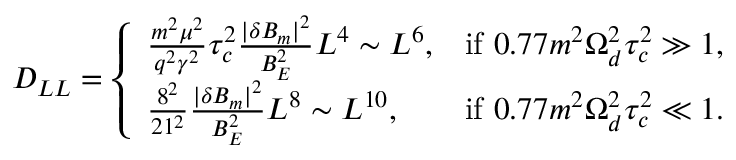
D _ { L L } = \left\{ \begin{array} { l l } { \frac { m ^ { 2 } \mu ^ { 2 } } { q ^ { 2 } \gamma ^ { 2 } } \tau _ { c } ^ { 2 } \frac { | \delta B _ { m } | ^ { 2 } } { B _ { E } ^ { 2 } } L ^ { 4 } \sim L ^ { 6 } , } & { \mathrm { i f ~ } 0 . 7 7 m ^ { 2 } \Omega _ { d } ^ { 2 } \tau _ { c } ^ { 2 } \gg 1 , } \\ { \frac { 8 ^ { 2 } } { 2 1 ^ { 2 } } \frac { | \delta B _ { m } | ^ { 2 } } { B _ { E } ^ { 2 } } L ^ { 8 } \sim L ^ { 1 0 } , } & { \mathrm { i f ~ } 0 . 7 7 m ^ { 2 } \Omega _ { d } ^ { 2 } \tau _ { c } ^ { 2 } \ll 1 . } \end{array} \right.